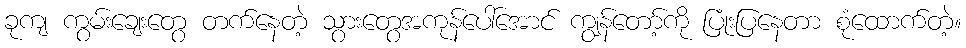
ခုကျ ကွမ်းချေးတွေ တက်နေတဲ့ သွားတွေအကုန်ပေါ်အောင် ကျွန်တော့်ကို ပြုံးပြနေတာ စုံထောက်တဲ့။